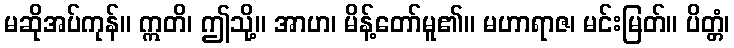
မဆိုအပ်ကုန်။ ဣတိ၊ ဤသို့။ အာဟ၊ မိန့်တော်မူ၏။ မဟာရာဇ၊ မင်းမြတ်။ ပိတ္တံ၊